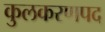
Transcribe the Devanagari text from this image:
कुलकरणपद